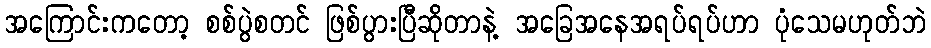
အကြောင်းကတော့ စစ်ပွဲစတင် ဖြစ်ပွားပြီဆိုတာနဲ့ အခြေအနေအရပ်ရပ်ဟာ ပုံသေမဟုတ်ဘဲ